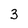
Character: 3